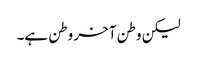
لیکن وطن آخر وطن ہے۔